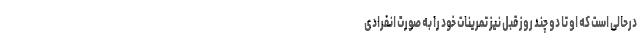
درحالی است که او تا دو چند روز قبل نیز تمرینات خود را به صورت انفرادی